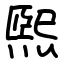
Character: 煕